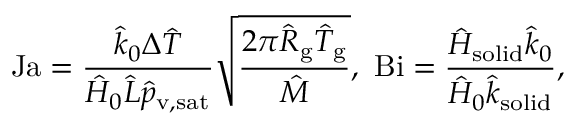
\mathrm { J a } = \frac { \hat { k } _ { 0 } \Delta \hat { T } } { \hat { H } _ { 0 } \hat { L } \hat { p } _ { \mathrm { v , s a t } } } \sqrt { \frac { 2 \pi \hat { R } _ { \mathrm { g } } \hat { T } _ { \mathrm { g } } } { \hat { M } } } , \ \mathrm { B i } = \frac { \hat { H } _ { \mathrm { s o l i d } } \hat { k } _ { 0 } } { \hat { H } _ { 0 } \hat { k } _ { \mathrm { s o l i d } } } ,